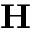
\textbf { H }